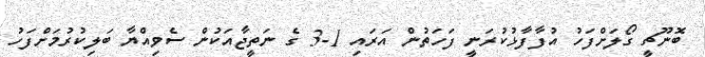
ބޮނޫޗީ ގޯލަށްފަހު އުފާފާޅުކުރަނީ ފަހަތުން އަރައި 1-3 ގެ ނަތީޖާއަކުން ސެވިއްޔާ ބަލިކުރުމަށްފަހު